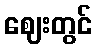
ဈေးတွင်